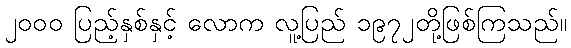
၂၀၀၀ ပြည့်နှစ်နှင့် လောက လူ့ပြည် ၁၉၇၂တို့ဖြစ်ကြသည်။